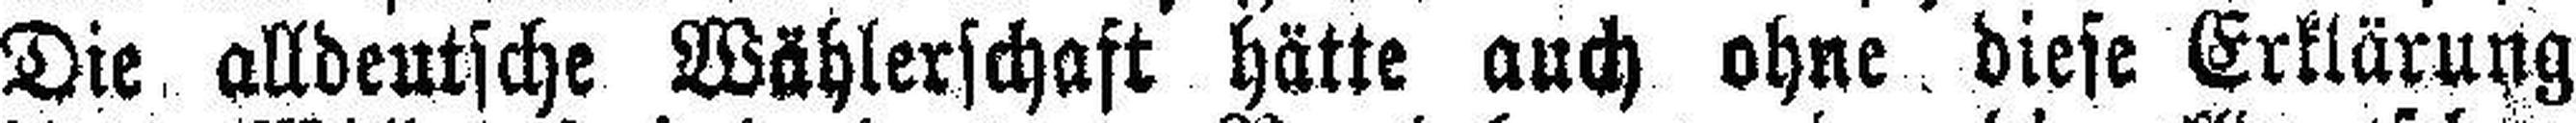
Die alldeutsche Wählerschaft hätte auch ohne diese Erklärung